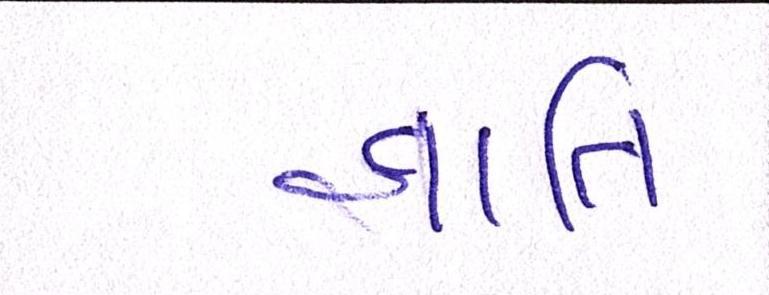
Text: જ્ઞાાતિ